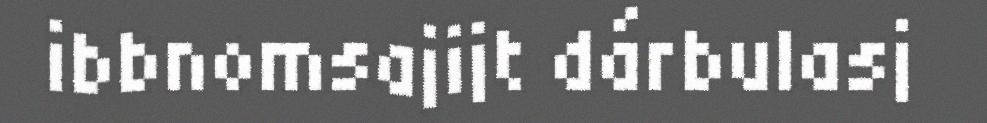
ibbnomsajijt dárbulasj